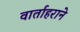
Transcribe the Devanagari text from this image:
वार्ताहराने